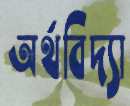
অর্থবিদ্যা